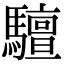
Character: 驙